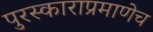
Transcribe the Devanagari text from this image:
पुरस्काराप्रमाणेच